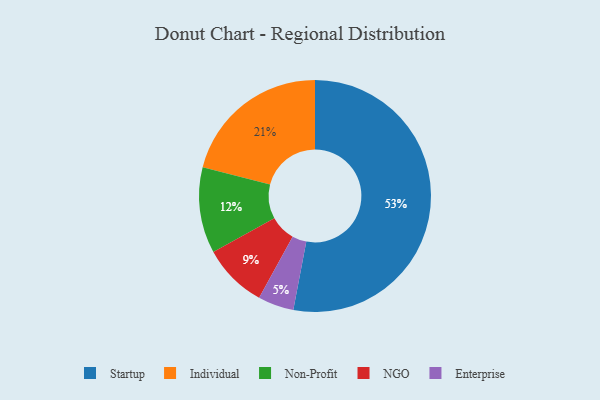
{"axis": {"x": "Category", "y": "Percentage"}, "legend": ["Enterprise", "Individual", "NGO", "Non-Profit", "Startup"], "data": [{"x": "Enterprise", "y": 5, "type": "Enterprise"}, {"x": "NGO", "y": 9, "type": "NGO"}, {"x": "Individual", "y": 21, "type": "Individual"}, {"x": "Startup", "y": 53, "type": "Startup"}, {"x": "Non-Profit", "y": 12, "type": "Non-Profit"}]}